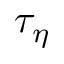
\tau _ { \eta }